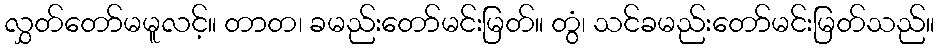
လွှတ်တော်မမူလင့်။ တာတ၊ ခမည်းတော်မင်းမြတ်။ တွံ၊ သင်ခမည်းတော်မင်းမြတ်သည်။